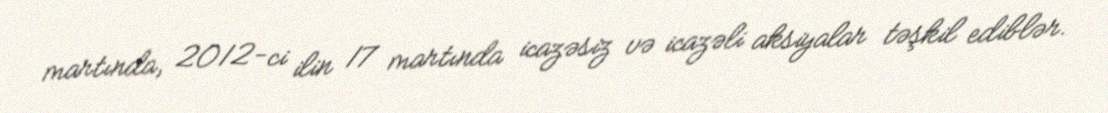
martında, 2012-ci ilin 17 martında icazəsiz və icazəli aksiyalar təşkil ediblər.